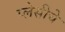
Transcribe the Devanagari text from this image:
प्लेसीचे